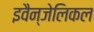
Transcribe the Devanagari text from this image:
इवैन्जेलिकल